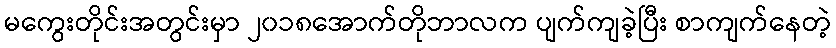
မကွေးတိုင်းအတွင်းမှာ ၂၀၁၈အောက်တိုဘာလက ပျက်ကျခဲ့ပြီး စာကျက်နေတဲ့